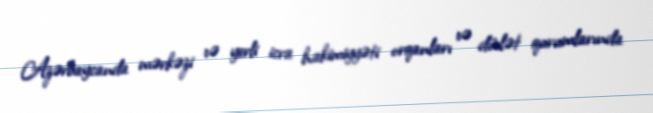
Azərbaycanda mərkəzi və yerli icra hakimiyyəti orqanları və dövlət qurumlarında